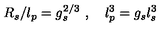
R _ { s } / l _ { p } = g _ { s } ^ { 2 / 3 } \ , \quad l _ { p } ^ { 3 } = g _ { s } l _ { s } ^ { 3 }